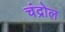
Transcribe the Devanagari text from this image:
चंद्रोल